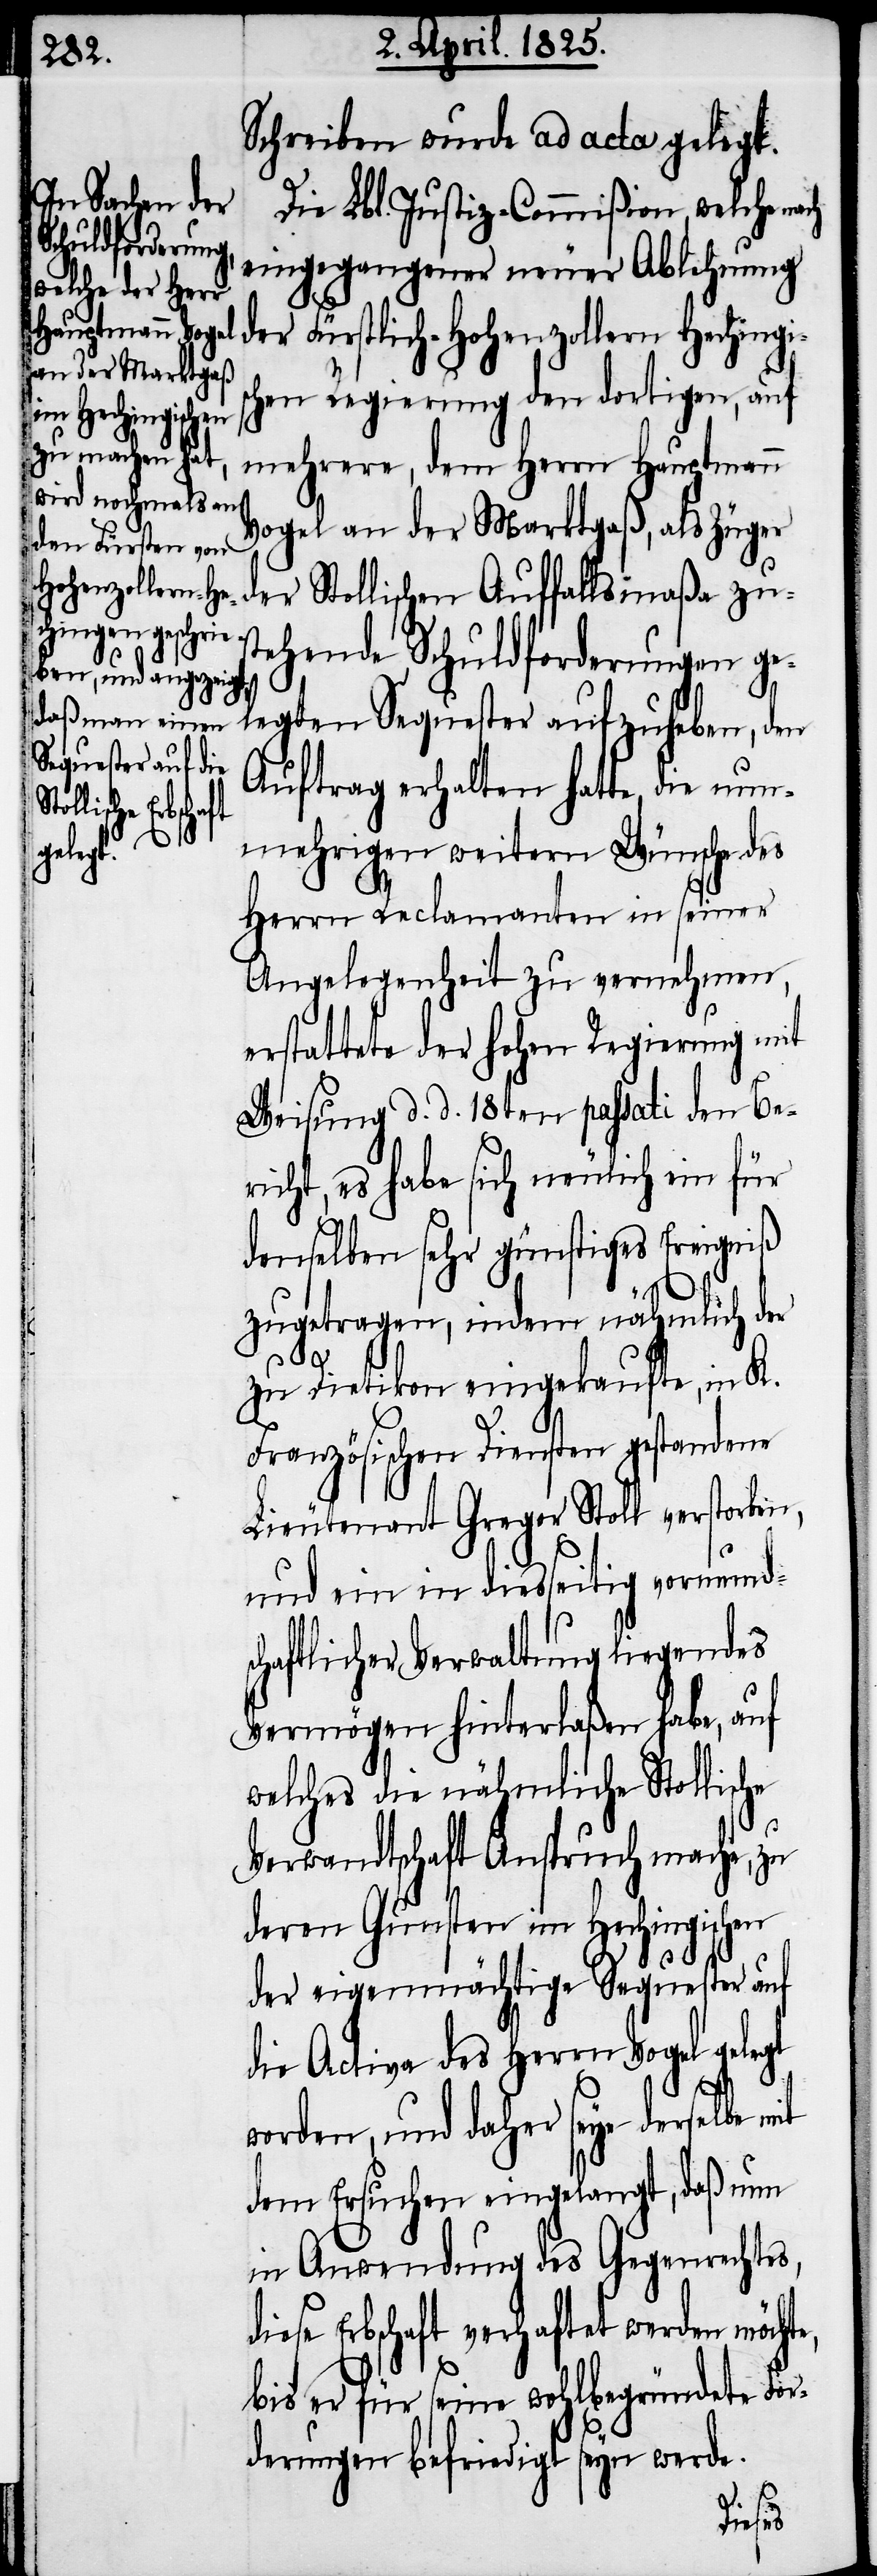
Schreiben wurde ad acta gelegt.
Die Lbl. Justiz-Commißion, welche nach
eingegangener neuer Ablehnung
der Fürstlich-Hohenzollern Heching¬
chen Regierung den dortigen, auf
mehrere, dem Herrn Hauptmann
Vogel an der Marktgaß, als Züger
der Stollischen Auffallsmaßa zus¬
tehende Schuldforderungen ge¬
legten Sequester aufzuheben, den
Auftrag erhalten hatte, die nun¬
mehrigen weitern Wünsche des
Herrn Reclamanten in seiner
Angelegenheit zu vernehmen,
erstattete der hohen Regierung mit
Weisung d. d. 18ten passati den Be¬
richt, es habe sich neulich ein für
denselben sehr günstiges Ereigniß
e,
zugetragen, indem nähmlich der
zu Dietikon eingekaufte, in K.
Französischen Diensten gestandene
Lieutenant Gregor Stoll verstorben,
und ein in diesseitig vormunds¬
chaftlicher Verwaltung liegendes
Vermögen hinterlaßen habe, auf
welches die nähmliche Stollische
Verwandtschaft Anspruch mache, zu
deren Gunsten im Hechingischen
der eigenmächtige Sequester auf
die Activa des Herrn Vogel gelegt
worden, und daher seye derselbe mit
dem Ersuchen eingelangt, daß nun
in Anwendung des Gegenrechtes,
es Erbschaft verhaftet werden möcht¬
bis er für seine wohlbegründete For¬
derungen befriedigt seyn werde.
dies¬